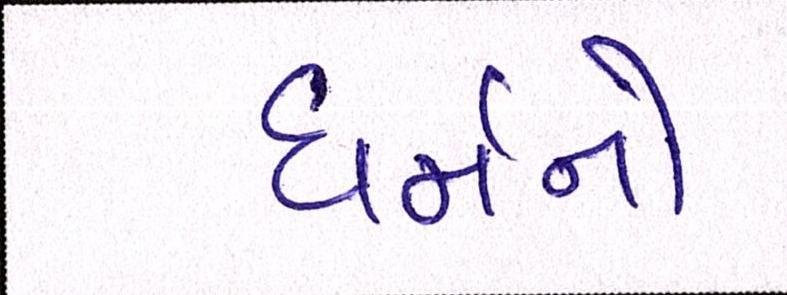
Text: ધર્મનો